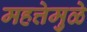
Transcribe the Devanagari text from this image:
महत्तेमुळे